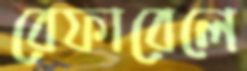
রেফারেলে